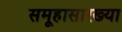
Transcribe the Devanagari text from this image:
समूहासारख्या